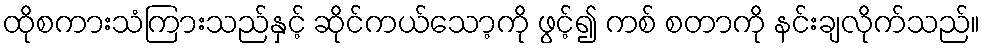
ထိုစကားသံကြားသည်နှင့် ဆိုင်ကယ်သော့ကို ဖွင့်၍ ကစ် စတာကို နင်းချလိုက်သည်။